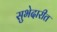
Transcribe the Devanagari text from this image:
सुभेदारीत